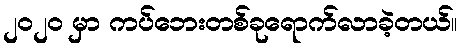
၂၀၂၀ မှာ ကပ်ဘေးတစ်ခုရောက်လာခဲ့တယ်။